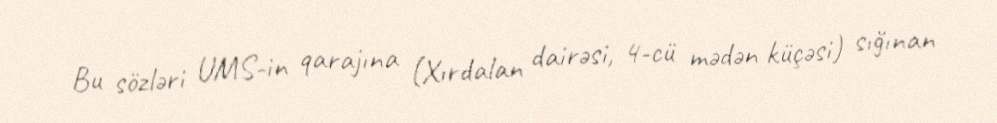
Bu sözləri UMS-in qarajına (Xırdalan dairəsi, 4-cü mədən küçəsi) sığınan